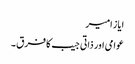
ایاز امیر
عوامی اور ذاتی جیب کا فرق ۔